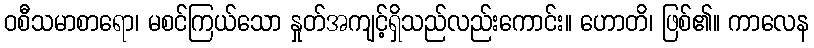
ဝစီသမာစာရော၊ မစင်ကြယ်သော နှုတ်အကျင့်ရှိသည်လည်းကောင်း။ ဟောတိ၊ ဖြစ်၏။ ကာလေန